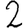
Digit: 2